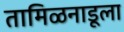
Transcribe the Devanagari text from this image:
तामिळनाडूला